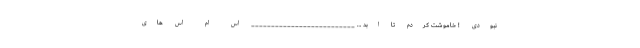
نبودی ! خاموشت کردم تا ابد … __________________________ اس ام اس های